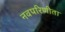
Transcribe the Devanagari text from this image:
नवपरिणीता